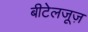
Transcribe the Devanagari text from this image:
बीटेलजूज़